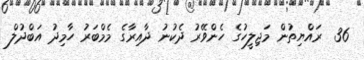
36  ރައްޔިތުން މަޖިލީހުގެ ހެންވޭރު ދެކުނު ދާއިރާގެ މެމްބަރު ހާމިދު އަބްދުލް